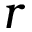
r